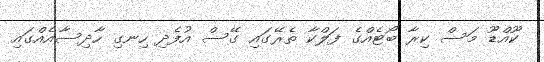
ކޫއްޑޫ މަސް ކިރާ ބޯޓެއްގެ ފަލްކާ ތެރޭގައި ގޭސް އުފެދި ހިނގި ހާދިސާއެއްގައި